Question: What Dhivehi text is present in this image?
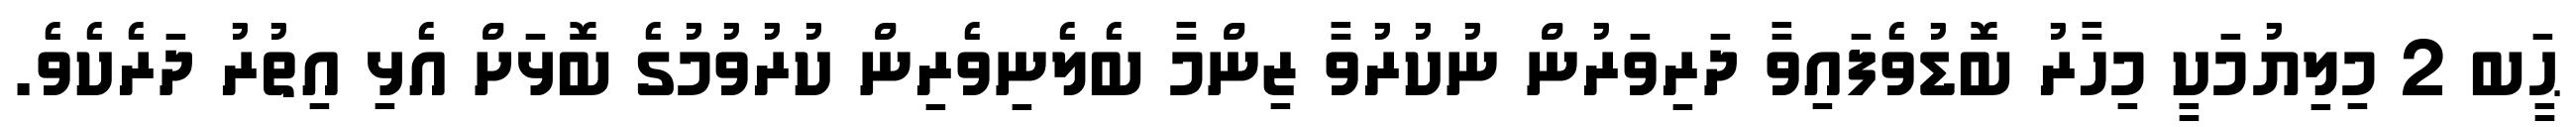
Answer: ޙަީބ 2 މިލިޔުމަކީ މިހާރު ބޮޑުވެފައިވާ ދަރިވަރުން ނުކުރުވާ ޒިންމާ ބެލެނިވެރިން ކުރުވުމުގެ ބޮޅަށް އެޅި އިތުރު ދަރެކެވެ.